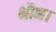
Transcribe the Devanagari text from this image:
भौन।